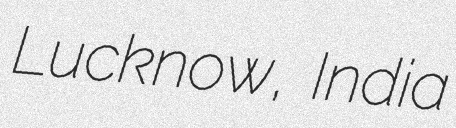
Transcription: Lucknow, India